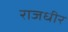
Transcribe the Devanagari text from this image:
राजधीर